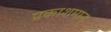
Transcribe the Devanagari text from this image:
प्रकाशमान्